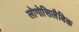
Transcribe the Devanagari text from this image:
लोगोसिलैबिक